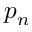
p _ { n }